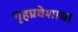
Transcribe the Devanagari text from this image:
गृहप्रवेशाचा